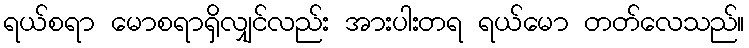
ရယ်စရာ မောစရာရှိလျှင်လည်း အားပါးတရ ရယ်မော တတ်လေသည်။